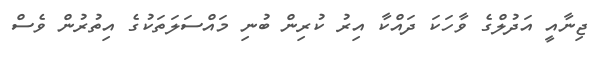
ޖިނާއީ އަދުލްގެ ވާހަކަ ދައްކާ އިރު ކުރިން ބުނި މައްސަލަތަކުގެ އިތުރުން ވެސް